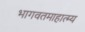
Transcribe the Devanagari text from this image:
भागवतमाहात्म्य